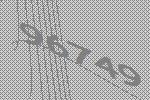
96749